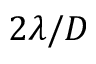
2 \lambda / D